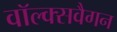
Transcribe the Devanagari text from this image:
वॉल्क्सवैगन